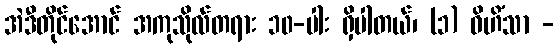
အဲဒီတိုင်အောင် အကုသိုလ်တရား ၁၀-ပါး ရှိပါတယ်၊ (၁) ဝိဟိံသာ -